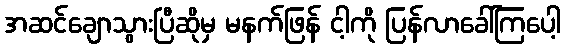
အဆင်ချောသွားပြီဆိုမှ မနက်ဖြန် ငါ့ကို ပြန်လာခေါ်ကြပေါ့